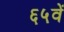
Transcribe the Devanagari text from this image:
६५वें